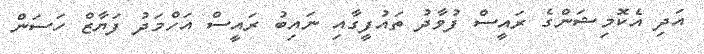
އަދި އެކޮމިޝަންގެ ރައީސް ފުވާދު ތައުފީގާއި ނައިބު ރައީސް އަހްމަދު ފަޔާޒް ހަސަން